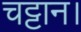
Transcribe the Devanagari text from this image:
चट्टान।